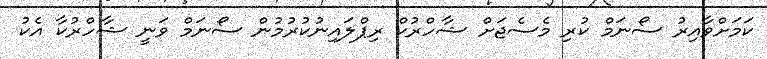
ކަމަށްވާއިރު ސޯނަމް ކުރި މެސެޖަށް ޝާހްރުކް ރިޕްލައިނުކުރުމުން ސޯނަމް ވަނީ ޝާހްރުކާ އެކު